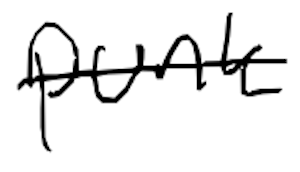
Text: punk
Cross-out: single-line
Writing tool: digital_black